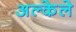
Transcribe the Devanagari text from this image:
अल्केले